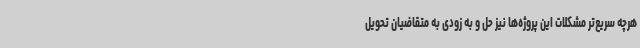
هرچه سریع‌تر مشکلات این پروژه‌ها نیز حل و به زودی به متقاضیان تحویل